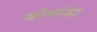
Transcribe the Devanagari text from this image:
कोथांडा